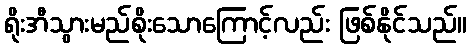
ရိုးအီသွားမည်စိုးသောကြောင့်လည်း ဖြစ်နိုင်သည်။